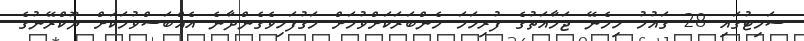
ސަމިޓުގައި 28 ގައުމު ހިމެނޭ ޖަމާއަތުގެ ފުރިހަމަ މެންބަރަކަށްވުމަށް މަގުފަހިވެގެންދާނެ އެއްބަސްވުމަކަށް ޔޫކްރޭނުގެ